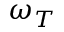
\omega _ { T }